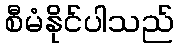
စီမံနိုင်ပါသည်